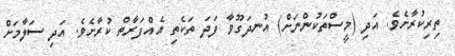
ތިރިކުރާށެވެ. އަދި (މީސްތަކުންނަށް) އުނދަގޫވާ ފަދަ ތަކެތި އެއްފަރާތް ކުރާށެވެ. އަދި ސަލާމަށް